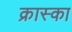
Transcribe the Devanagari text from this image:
क्रास्का